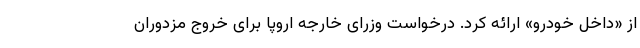
از «داخل خودرو» ارائه کرد. درخواست وزرای خارجه اروپا برای خروج مزدوران